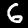
Label: 6